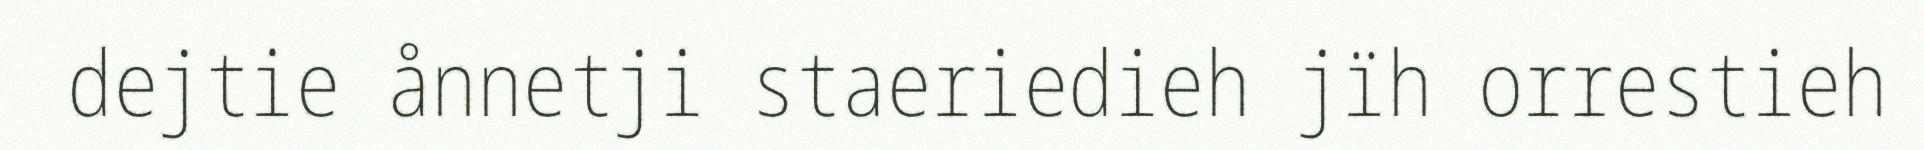
dejtie ånnetji staeriedieh jïh orrestieh